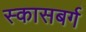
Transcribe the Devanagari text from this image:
स्कासबर्ग